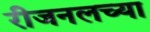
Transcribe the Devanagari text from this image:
रीजनलच्या